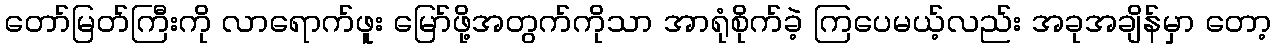
တော်မြတ်ကြီးကို လာရောက်ဖူး မြော်ဖို့အတွက်ကိုသာ အာရုံစိုက်ခဲ့ ကြပေမယ့်လည်း အခုအချိန်မှာ တော့